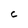
Character: c